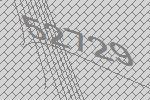
52729